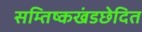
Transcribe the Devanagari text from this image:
सम्तिष्कखंडछेदित